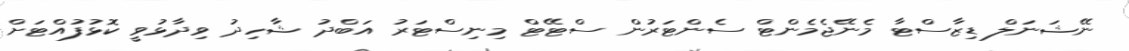
ނޭޝަނަލް ޑިޒާސްޓާ މެނޭޖެމެންޓް ސެންޓަރުން ސްޓޭޓް މިނިސްޓަރު އަބްދު ޝާހިދު ވިދާޅުވީ ކޮޅުފުއްޓަށް